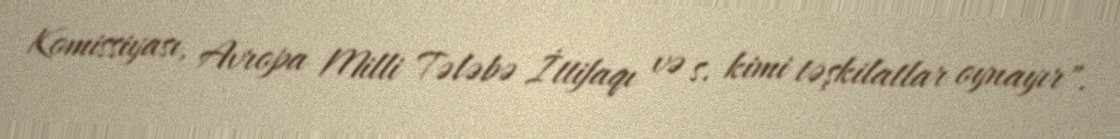
Komissiyası, Avropa Milli Tələbə İttifaqı və s. kimi təşkilatlar oynayır".